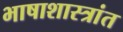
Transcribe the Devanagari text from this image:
भाषाशास्त्रांत